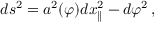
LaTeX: d s ^ { 2 } = a ^ { 2 } ( \varphi ) d x _ { \parallel } ^ { 2 } - d \varphi ^ { 2 } \, ,